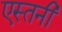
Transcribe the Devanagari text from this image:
एस्तनी